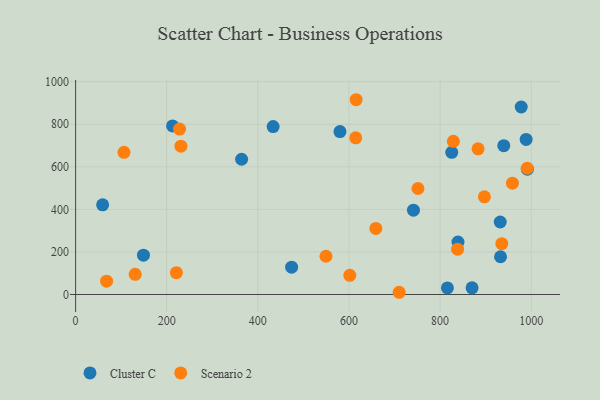
{"axis": {"x": "Engine Size", "y": "Rating"}, "legend": ["Cluster C", "Scenario 2"], "data": [{"x": "474.1", "y": 128.6, "type": "Cluster C"}, {"x": "932.6", "y": 177.4, "type": "Cluster C"}, {"x": "988.8", "y": 729.0, "type": "Cluster C"}, {"x": "364.3", "y": 635.6, "type": "Cluster C"}, {"x": "433.5", "y": 789.1, "type": "Cluster C"}, {"x": "839.2", "y": 246.5, "type": "Cluster C"}, {"x": "991.5", "y": 589.1, "type": "Cluster C"}, {"x": "870.1", "y": 31.5, "type": "Cluster C"}, {"x": "825.5", "y": 668.1, "type": "Cluster C"}, {"x": "931.9", "y": 340.6, "type": "Cluster C"}, {"x": "148.9", "y": 184.8, "type": "Cluster C"}, {"x": "978.0", "y": 881.2, "type": "Cluster C"}, {"x": "741.5", "y": 396.4, "type": "Cluster C"}, {"x": "939.7", "y": 699.5, "type": "Cluster C"}, {"x": "816.0", "y": 30.8, "type": "Cluster C"}, {"x": "212.8", "y": 792.4, "type": "Cluster C"}, {"x": "580.2", "y": 765.5, "type": "Cluster C"}, {"x": "59.3", "y": 421.5, "type": "Cluster C"}, {"x": "601.8", "y": 90.1, "type": "Scenario 2"}, {"x": "897.2", "y": 458.8, "type": "Scenario 2"}, {"x": "228.2", "y": 777.4, "type": "Scenario 2"}, {"x": "615.7", "y": 915.4, "type": "Scenario 2"}, {"x": "221.2", "y": 102.4, "type": "Scenario 2"}, {"x": "883.3", "y": 684.7, "type": "Scenario 2"}, {"x": "829.1", "y": 719.9, "type": "Scenario 2"}, {"x": "106.2", "y": 668.2, "type": "Scenario 2"}, {"x": "935.3", "y": 238.9, "type": "Scenario 2"}, {"x": "838.3", "y": 213.0, "type": "Scenario 2"}, {"x": "68.0", "y": 62.7, "type": "Scenario 2"}, {"x": "549.5", "y": 179.7, "type": "Scenario 2"}, {"x": "614.8", "y": 736.4, "type": "Scenario 2"}, {"x": "130.8", "y": 94.7, "type": "Scenario 2"}, {"x": "991.2", "y": 593.3, "type": "Scenario 2"}, {"x": "751.4", "y": 498.1, "type": "Scenario 2"}, {"x": "710.1", "y": 10.4, "type": "Scenario 2"}, {"x": "958.7", "y": 523.0, "type": "Scenario 2"}, {"x": "659.0", "y": 310.4, "type": "Scenario 2"}, {"x": "231.2", "y": 697.1, "type": "Scenario 2"}]}